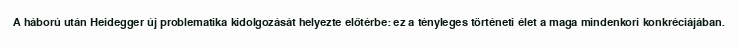
A háború után Heidegger új problematika kidolgozását helyezte előtérbe: ez a tényleges történeti élet a maga mindenkori konkréciájában.